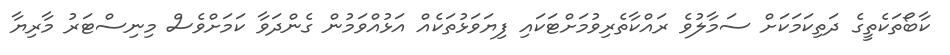
ކާބޯތަކެތީގެ ދަތިކަމަކަށް ސަމާލުވެ ރައްކާތެރިވުމަށްޓަކައި ފިޔަވަޅުތަކެއް އަޅުއްވަމުން ގެންދަވާ ކަމަށްވެސް މިނިސްޓަރު މާރިޔާ